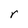
Character: r